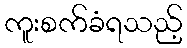
ကူးစက်ခံရသည့်